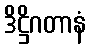
ဒိဋ္ဌိဂတာနံ